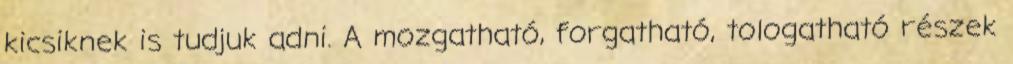
kicsiknek is tudjuk adni. A mozgatható, forgatható, tologatható részek